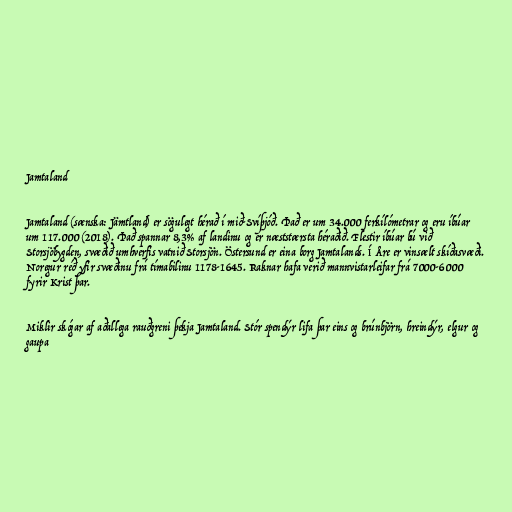
Jamtaland

Jamtaland (sænska: Jämtland) er sögulegt hérað í mið-Svíþjóð. Það er um 34.000 ferkílómetrar og eru íbúar
um 117.000 (2018). Það spannar 8,3% af landinu og er næststærsta héraðið. Flestir íbúar bú við
Storsjöbygden, svæðið umhverfis vatnið Storsjön. Östersund er eina borg Jamtalands. Í Åre er vinsælt skíðasvæði.
Noregur réð yfir svæðinu frá tímabilinu 1178-1645. Raknar hafa verið mannvistarleifar frá 7000-6000
fyrir Krist þar.

Miklir skógar af aðallega rauðgreni þekja Jamtaland. Stór spendýr lifa þar eins og brúnbjörn, hreindýr, elgur og
gaupa